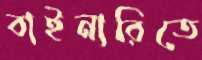
বাইনারিতে